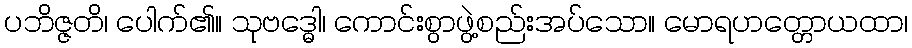
ပဘိဇ္ဇတိ၊ ပေါက်၏။ သုဗဒ္ဓေါ၊ ကောင်းစွာဖွဲ့စည်းအပ်သော။ မောရဟတ္တောယထာ၊